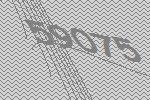
59075